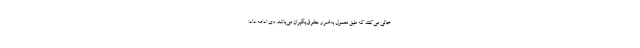
خالی می‌کنند که طبق معمول به‌ضرر حقوق‌بگیران می‌باشد. وی ادامه داد: